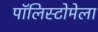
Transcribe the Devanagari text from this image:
पॉलिस्टोमेला